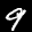
Label: 9